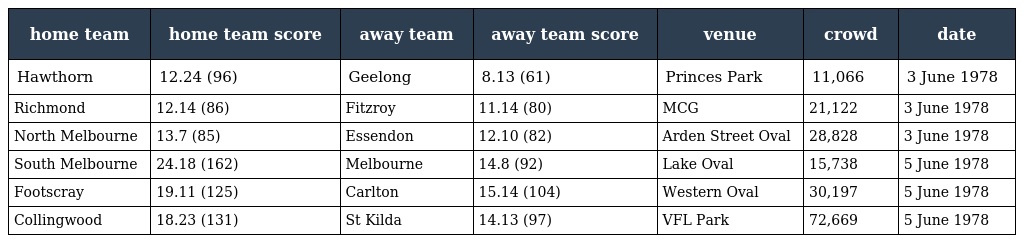
| home team | home team score | away team | away team score | venue | crowd | date |
 | --- | --- | --- | --- | --- | --- | --- |
 | Hawthorn | 12.24 (96) | Geelong | 8.13 (61) | Princes Park | 11,066 | 3 June 1978 |
 | Richmond | 12.14 (86) | Fitzroy | 11.14 (80) | MCG | 21,122 | 3 June 1978 |
 | North Melbourne | 13.7 (85) | Essendon | 12.10 (82) | Arden Street Oval | 28,828 | 3 June 1978 |
 | South Melbourne | 24.18 (162) | Melbourne | 14.8 (92) | Lake Oval | 15,738 | 5 June 1978 |
 | Footscray | 19.11 (125) | Carlton | 15.14 (104) | Western Oval | 30,197 | 5 June 1978 |
 | Collingwood | 18.23 (131) | St Kilda | 14.13 (97) | VFL Park | 72,669 | 5 June 1978 |